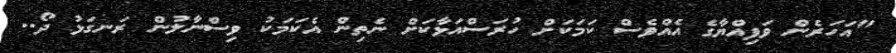
"އަހަރެން ވަފިއްޔާގެ އެއްވެސް ކަމަކަށް ހުރަސްއަޅާކަށް ނެތިން އެކަމަކު ވިސްނާލުން ރަނގަޅު ދޯ..